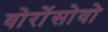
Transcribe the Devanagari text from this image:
वोरोंसोवो